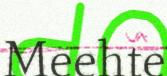
Meehte